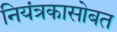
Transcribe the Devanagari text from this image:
नियंत्रकासोबत